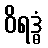
ဝိရဒ္ဓံ